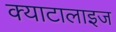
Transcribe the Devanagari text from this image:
क्याटालाइज